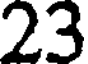
23